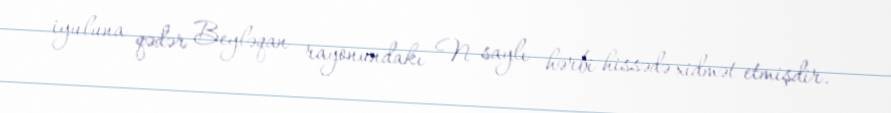
iyuluna qədər Beyləqan rayonundakı N saylı hərbi hissədə xidmət etmişdir.